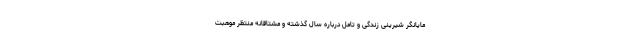
مایانگر شیرینی زندگی و تامل درباره سال گذشته و مشتاقانه منتظر موهبت